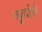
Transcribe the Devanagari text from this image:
गृहांचे